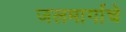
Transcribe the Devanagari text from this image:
जलमार्गाचे